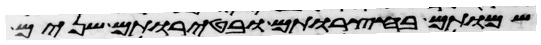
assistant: שמותם בחצרותם ובטירתם שנים